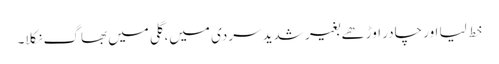
خط لیا اور چادر اوڑھے بغیر شدید سردی میں، گلی میں بھاگ نکلا۔